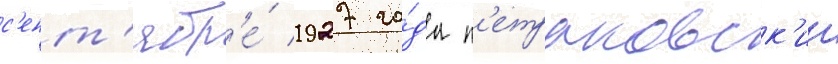
с'ент'ябр'е́ 1927 го́да п'етраковск'ии